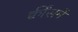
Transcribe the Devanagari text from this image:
क्वींसमें